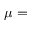
\mu =